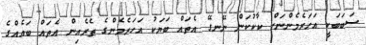
ސަބަބަކީ އަހަރެމެންނަށް ކާކުކަން ނޭނގޭ އެތައް ބަޔަކު އަހަރެމެންގެ ތެރެއިން އެތައް ބައެއްގެ